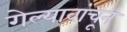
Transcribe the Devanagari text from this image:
गेल्यावांचून